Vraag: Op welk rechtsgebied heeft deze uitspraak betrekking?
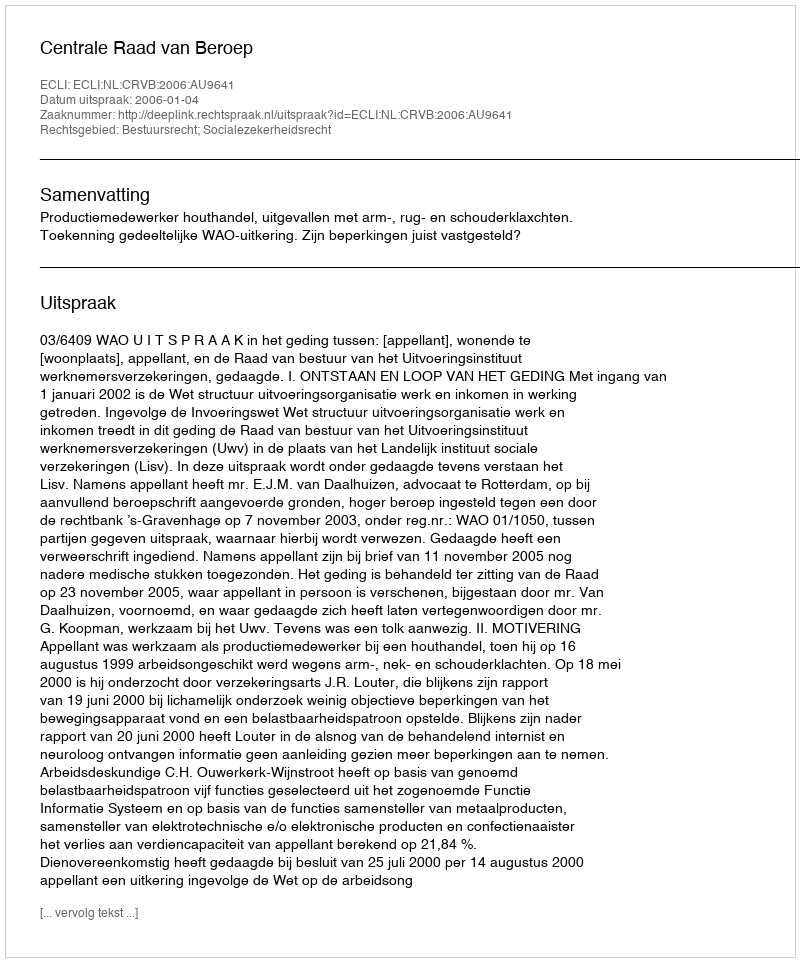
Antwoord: Bestuursrecht; Socialezekerheidsrecht